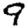
Digit: 9